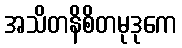
အသိတနိစိတမုဒုကေ